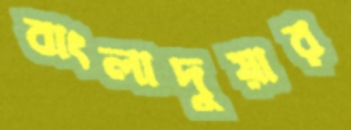
বাংলাদুয়ার